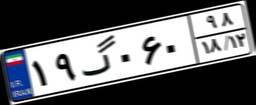
۱۹گ۰۶۰۹۸